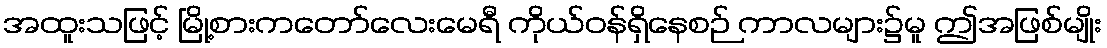
အထူးသဖြင့် မြို့စားကတော်လေးမေရီ ကိုယ်ဝန်ရှိနေစဉ် ကာလများ၌မူ ဤအဖြစ်မျိုး